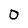
Character: 0